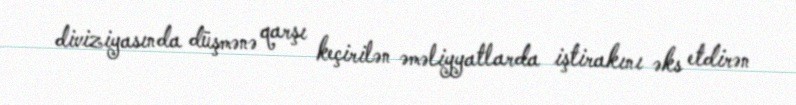
diviziyasında düşmənə qarşı keçirilən əməliyyatlarda iştirakını əks etdirən